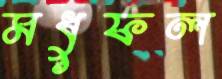
মধুফল